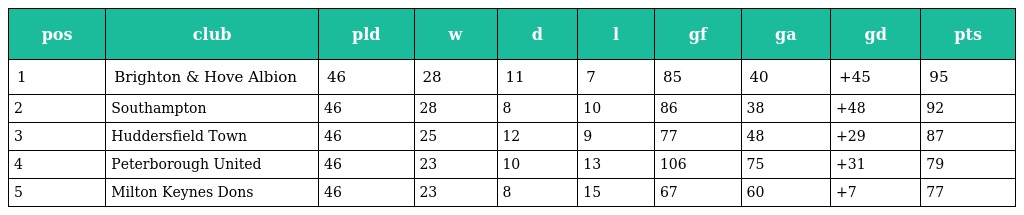
| pos | club | pld | w | d | l | gf | ga | gd | pts |
 | --- | --- | --- | --- | --- | --- | --- | --- | --- | --- |
 | 1 | Brighton & Hove Albion | 46 | 28 | 11 | 7 | 85 | 40 | +45 | 95 |
 | 2 | Southampton | 46 | 28 | 8 | 10 | 86 | 38 | +48 | 92 |
 | 3 | Huddersfield Town | 46 | 25 | 12 | 9 | 77 | 48 | +29 | 87 |
 | 4 | Peterborough United | 46 | 23 | 10 | 13 | 106 | 75 | +31 | 79 |
 | 5 | Milton Keynes Dons | 46 | 23 | 8 | 15 | 67 | 60 | +7 | 77 |